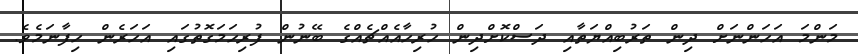
މަންމަ އަހަންނަށް ދިން ތަރުބިއްޔަތާއި ދަސްކޮށްދިން ހުރިހާއެއްޗެއްގެ ބޭނުން ފުރިހަމަގޮތުގައި އަހަރެން ހިފާނަމެވެ.